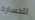
للخسارة